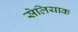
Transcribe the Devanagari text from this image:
सेलियाक